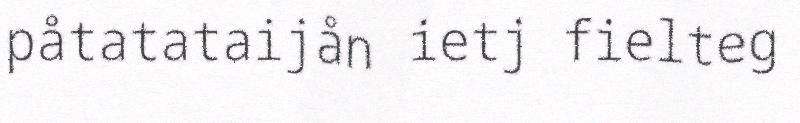
påtatataijån ietj fielteg